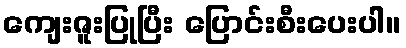
ကျေးဇူးပြုပြီး ပြောင်းစီးပေးပါ။